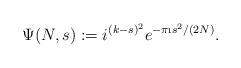
LaTeX: \begin{align*} \Psi(N,s):=i^{(k-s)^2}e^{-\pi \i s^2/(2N)}.\end{align*}